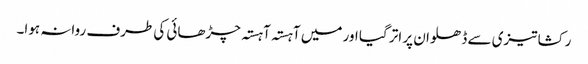
رکشا تیزی سے ڈھلوان پر اتر گیا اور میں آہستہ آہستہ چڑھائی کی طرف روانہ ہوا۔